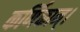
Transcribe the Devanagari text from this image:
कर्णिकान्‌।